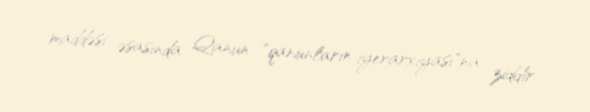
maddəsi əsasında Qanun "qanunların iyerarxiyası"na ziddir.